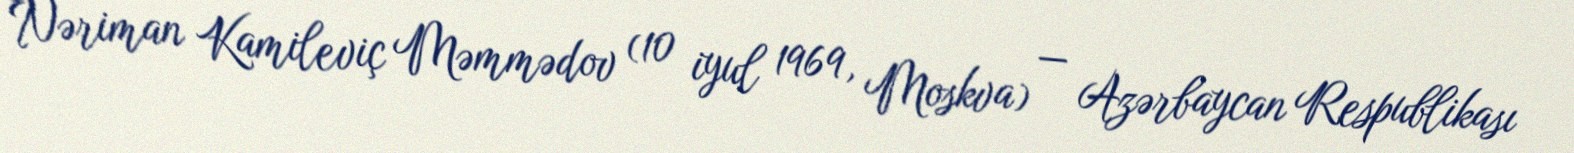
Nəriman Kamileviç Məmmədov (10 iyul 1969, Moskva) — Azərbaycan Respublikası